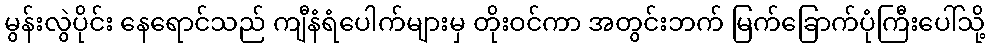
မွန်းလွဲပိုင်း နေရောင်သည် ကျီနံရံပေါက်များမှ တိုးဝင်ကာ အတွင်းဘက် မြက်ခြောက်ပုံကြီးပေါ်သို့